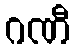
ဂဏီ